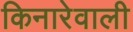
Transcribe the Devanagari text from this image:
किनारेवाली